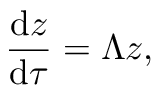
\frac { \mathrm { d } \boldsymbol { z } } { \mathrm { d } \tau } = \boldsymbol { \Lambda } \boldsymbol { z } ,